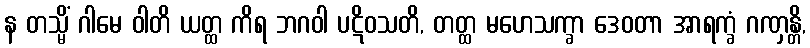
န တသ္မိံ ဂါမေ ဝါတိ ယတ္ထ ကိရ ဘဂဝါ ပဋိဝသတိ, တတ္ထ မဟေသက္ခာ ဒေဝတာ အာရက္ခံ ဂဏှန္တိ,